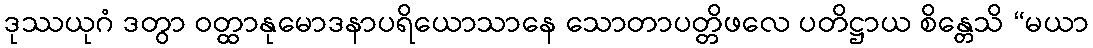
ဒုဿယုဂံ ဒတွာ ဝတ္ထာနုမောဒနာပရိယောသာနေ သောတာပတ္တိဖလေ ပတိဋ္ဌာယ စိန္တေသိ “မယာ